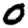
Digit: 0